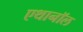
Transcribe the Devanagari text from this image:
एथानॉल